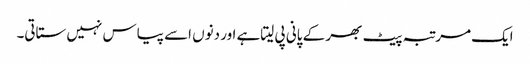
ایک مرتبہ پیٹ بھر کے پانی پی لیتاہے اور دنوں اسے پیاس نہیں ستاتی۔